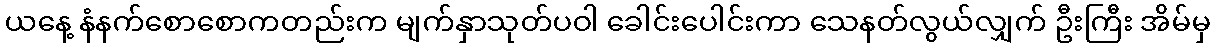
ယနေ့ နံနက်စောစောကတည်းက မျက်နှာသုတ်ပဝါ ခေါင်းပေါင်းကာ သေနတ်လွယ်လျှက် ဦးကြီး အိမ်မှ